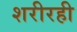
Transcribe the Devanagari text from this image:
शरीरही